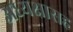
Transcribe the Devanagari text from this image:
अध्यक्षासह